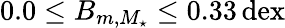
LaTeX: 0.0\leq B_{m,M_{\star}}\leq 0.33\, \mathrm{dex}